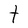
Character: t